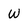
Character: W